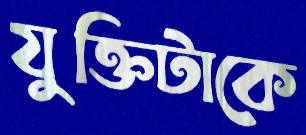
যুক্তিটাকে